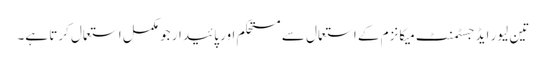
تین لیور ایڈجسٹمنٹ میکانزم کے استعمال سے مستحکم اور پائیدار جو مکمل استعمال کرتا ہے۔